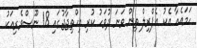
ހަމައެއާ އެކު އެޕްރިލް ތިން ވަނަ ދުވަހު ކުރި އިހްތިޖާޖުގައި 18 ނޫސްވެރިއަކު